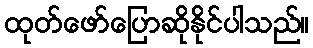
ထုတ်ဖော်ပြောဆိုနိုင်ပါသည်။